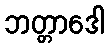
ဘတ္တာဒေါ